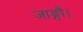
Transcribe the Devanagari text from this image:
जाङ्गौ।